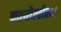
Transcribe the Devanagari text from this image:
फावोलोसा